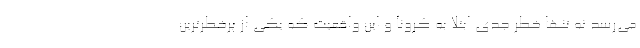
می‌رسد نه تنها خطر جدی ابتلا به کرونا و این واقعیت که یکی از پرخطرترین